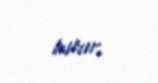
tutur.